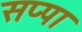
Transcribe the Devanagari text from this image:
सप्पा